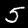
Label: 5